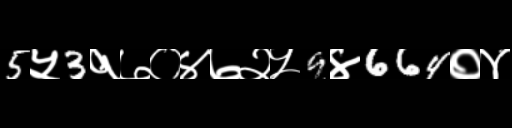
Text: 5५3१७०४७२५9४664०४